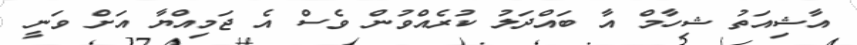
އާޝިއަތު ޝިހާމް އާ ބައްދަލު ކުރެއްވުން ވެސް އެ ޖަމިއްޔާ އަށް ވަނީ